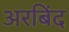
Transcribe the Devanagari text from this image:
अरबिंद